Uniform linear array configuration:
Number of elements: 8
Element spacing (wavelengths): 1
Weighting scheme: binomial
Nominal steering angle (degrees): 15
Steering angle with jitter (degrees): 16.307
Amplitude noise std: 0.05
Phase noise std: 0.05

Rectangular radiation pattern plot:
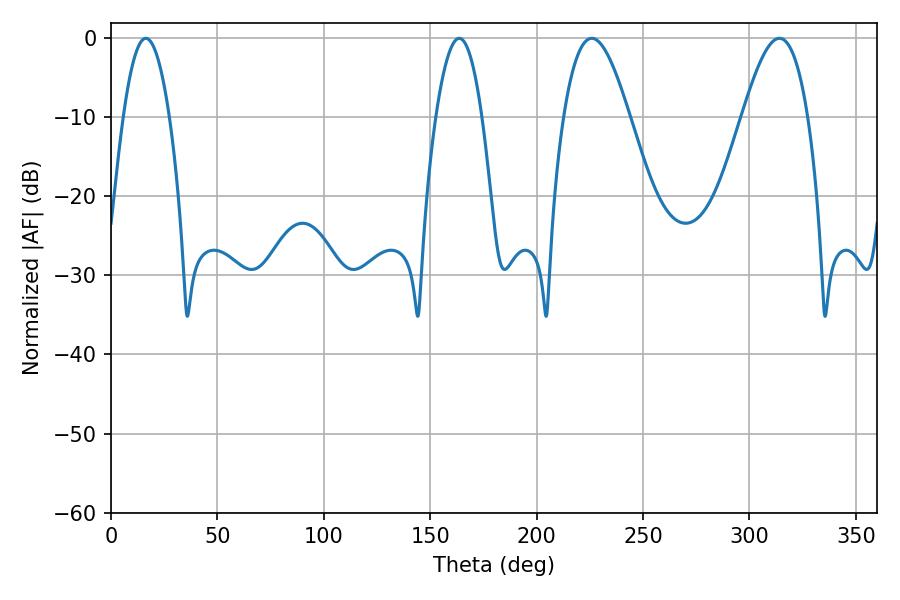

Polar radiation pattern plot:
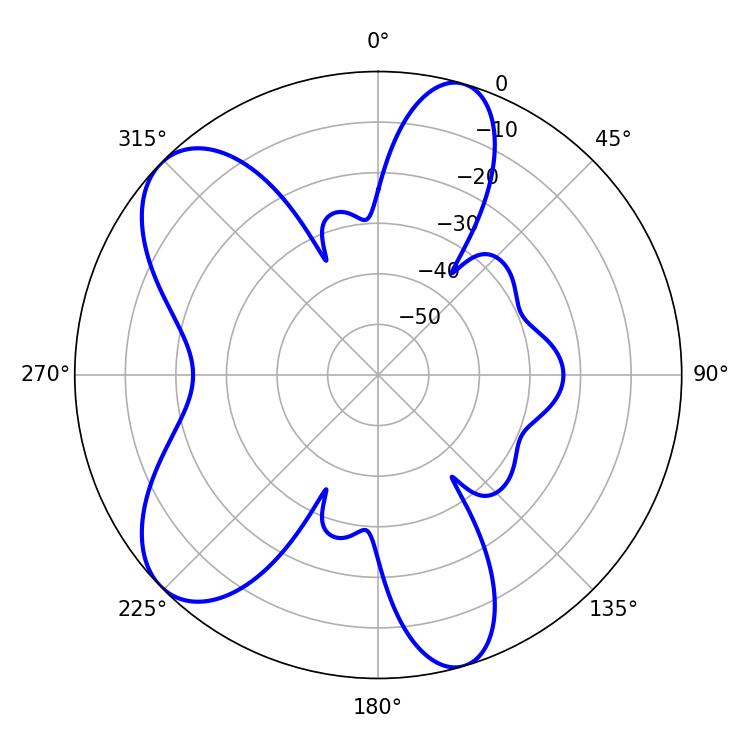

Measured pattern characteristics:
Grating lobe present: TRUE
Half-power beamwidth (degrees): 16.74
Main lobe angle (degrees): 225.9